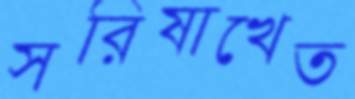
সরিষাখেত